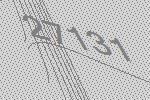
27131